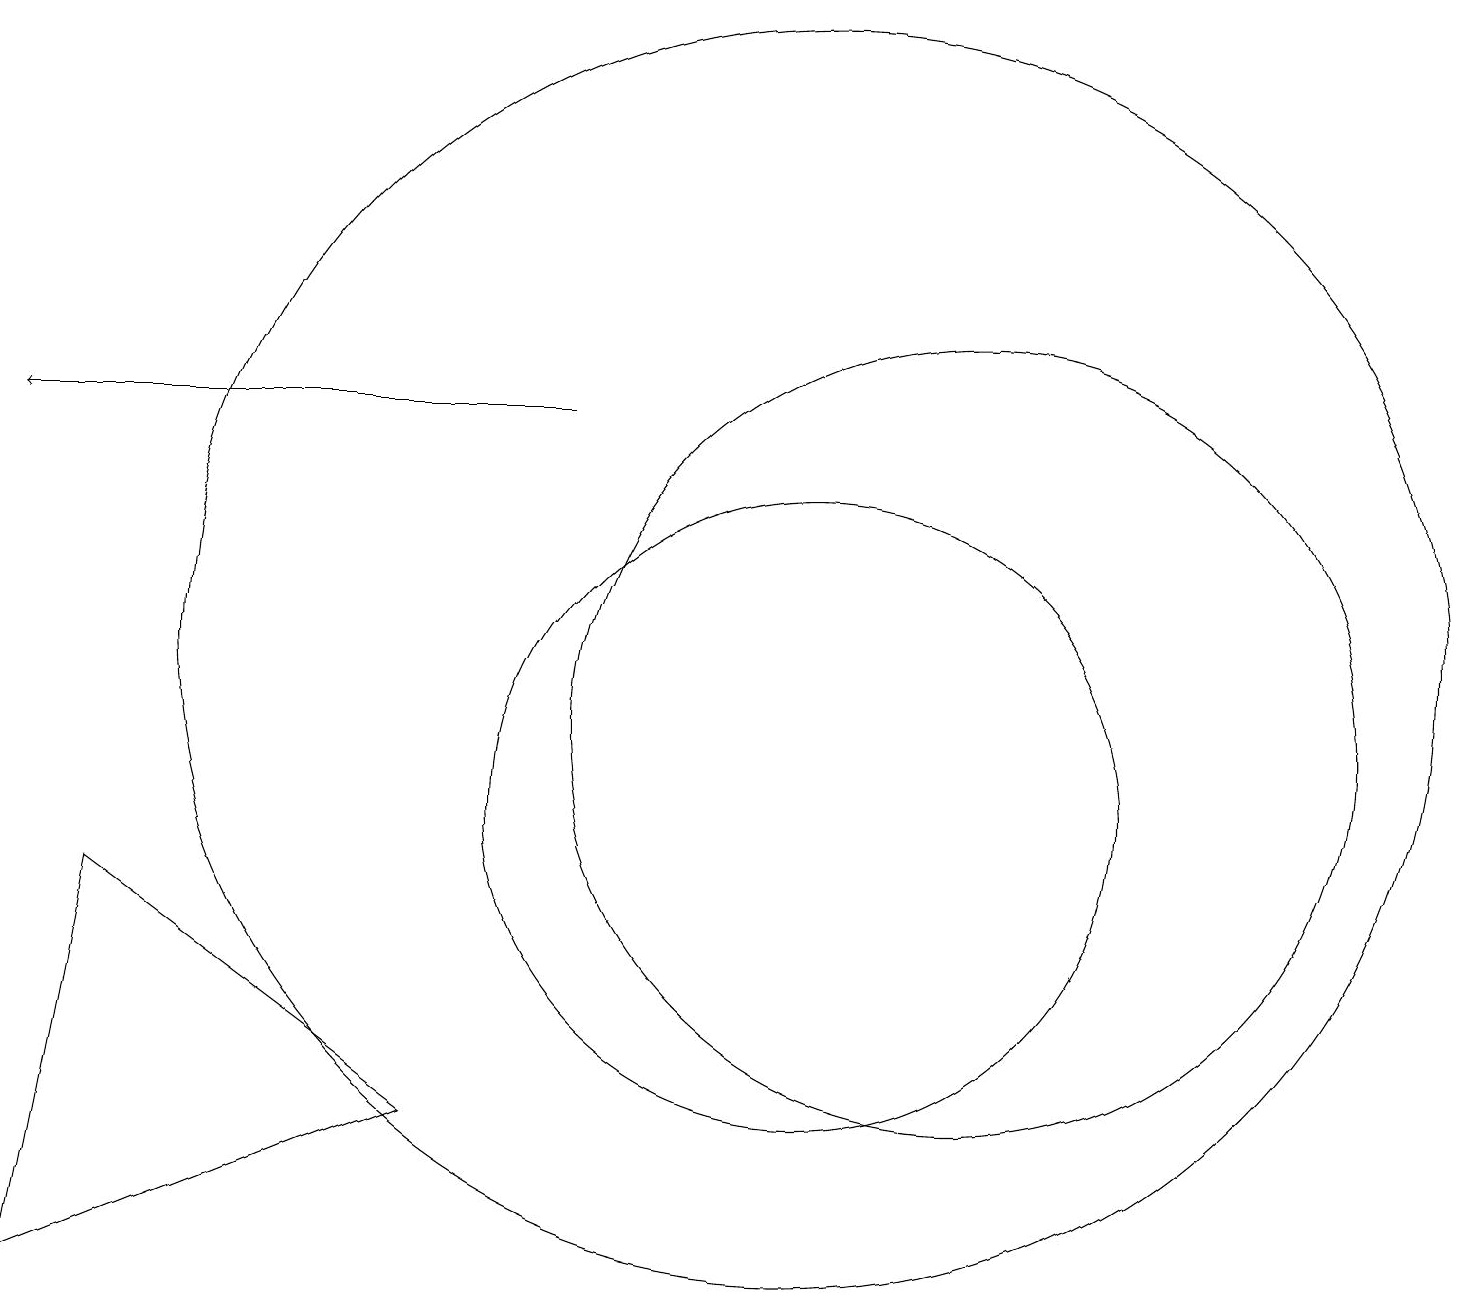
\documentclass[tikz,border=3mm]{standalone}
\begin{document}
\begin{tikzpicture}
\draw (1,9) -- (0,4) -- (5,6) -- cycle;
\draw[->] (7,15) -- (0,15);
\draw (10,12) circle (8);
\draw (12,11) circle (5);
\draw (10,10) circle (4);
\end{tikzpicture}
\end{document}